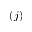
( j )